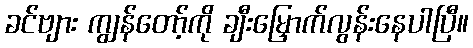
ခင်ဗျား ကျွန်တော့်ကို ချီးမြှောက်လွန်းနေပါပြီ။